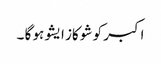
اکبر کو شو کاز ایشو ہو گا ۔